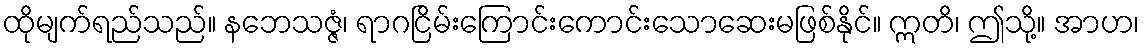
ထိုမျက်ရည်သည်။ နဘေသဇ္ဇံ၊ ရာဂငြိမ်းကြောင်းကောင်းသောဆေးမဖြစ်နိုင်။ ဣတိ၊ ဤသို့။ အာဟ၊